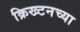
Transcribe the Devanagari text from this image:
क्रिख्टनच्या